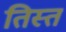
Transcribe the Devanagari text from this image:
तिस्‍त